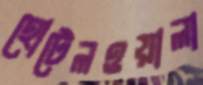
হোটেলওয়ালা